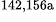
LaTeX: ^\textrm{\scriptsize 142,156a}